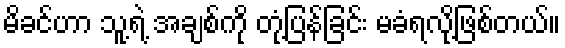
မိခင်ဟာ သူ့ရဲ့ အချစ်ကို တုံ့ပြန်ခြင်း မခံရလို့ဖြစ်တယ်။